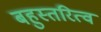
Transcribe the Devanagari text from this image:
बहुस्तरित्व